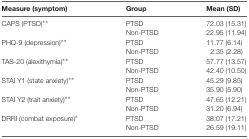
| Measure (symptom) | Group | Mean (SD) |
 | --- | --- | --- |
 | CAPS (PTSD)** | PTSD | 72.03 (15.31) |
 |  | Non-PTSD | 22.95 (11.94) |
 | PHQ-9 (depression)** | PTSD | 11.77 (6.14) |
 |  | Non-PTSD | 2.35 (2.28) |
 | TAS-20 (alexithymia)** | PTSD | 57.77 (13.57) |
 |  | Non-PTSD | 42.40 (10.50) |
 | STAI Y1 (state anxiety)** | PTSD | 45.29 (9.85) |
 |  | Non-PTSD | 35.90 (5.90) |
 | STAI Y2 (trait anxiety)** | PTSD | 47.65 (12.21) |
 |  | Non-PTSD | 31.20 (6.94) |
 | DRRI (combat exposure)* | PTSD | 38.07 (17.21) |
 |  | Non-PTSD | 26.59 (19.11) |